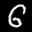
Label: 6